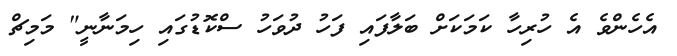
އެހެންވެ އެ ހުރިހާ ކަމަކަށް ބަލާފައި ފަހު ދުވަހު ސްކޮޑުގައި ހިމަނާނީ" މަމިޗް